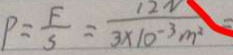
P = \frac { F } { S } = \frac { 1 2 N } { 3 \times 1 0 ^ { - 3 } m ^ { 2 } } =